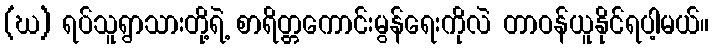
(ဃ) ရပ်သူရွာသားတို့ရဲ့ စာရိတ္တကောင်းမွန်ရေးကိုလဲ တာဝန်ယူနိုင်ရပါ့မယ်။